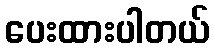
ပေးထားပါတယ်